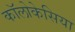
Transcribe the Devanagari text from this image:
कॉलोकेसिया